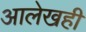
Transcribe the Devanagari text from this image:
आलेखही